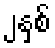
၂နှစ်